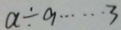
a \div 9 \cdots 3